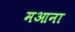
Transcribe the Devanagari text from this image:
मआना